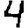
Digit: 4